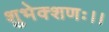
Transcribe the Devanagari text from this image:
शुभेक्शणः।।